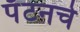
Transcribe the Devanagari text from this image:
पॅटनचे